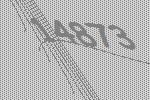
14873